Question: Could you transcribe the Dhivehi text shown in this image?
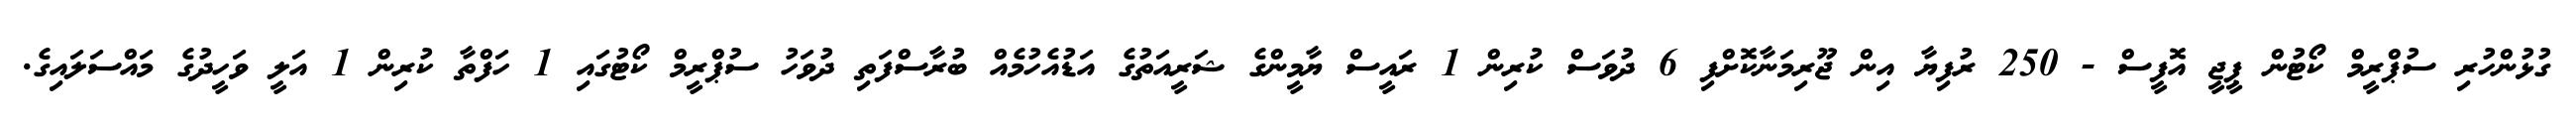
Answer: ގުޅުންހުރި ސުޕްރީމް ކޯޓުން ޕީޖީ އޮފީސް - 250 ރުފިޔާ އިން ޖޫރިމަނާކޮށްފި 6 ދުވަސް ކުރިން 1 ރައީސް ޔާމީންގެ ޝަރީއަތުގެ އަޑުއެހުމެއް ބުރާސްފަތި ދުވަހު ސުޕްރީމް ކޯޓުގައި 1 ހަފްތާ ކުރިން 1 އަލީ ވަހީދުގެ މައްސަލައިގެ.